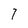
Character: 7